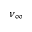
\nu _ { \infty }